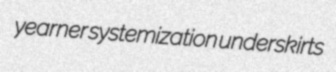
yearner systemization underskirts